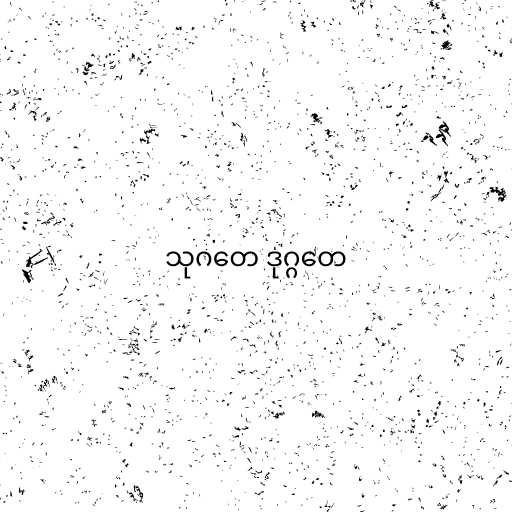
သုဂတေ ဒုဂ္ဂတေ